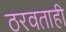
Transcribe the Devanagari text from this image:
ठरवताही